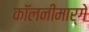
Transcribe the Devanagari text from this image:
कॉलनीमार्गे